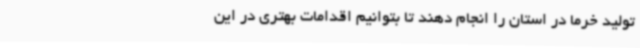
تولید خرما در استان را انجام دهند تا بتوانیم اقدامات بهتری در این